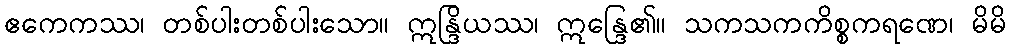
ဧကေကဿ၊ တစ်ပါးတစ်ပါးသော။ ဣန္ဒြိယဿ၊ ဣန္ဒြေ၏။ သကသကကိစ္စကရဏေ၊ မိမိ